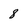
Character: 8